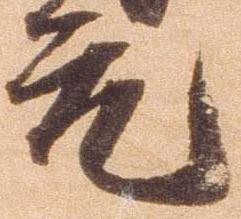
元